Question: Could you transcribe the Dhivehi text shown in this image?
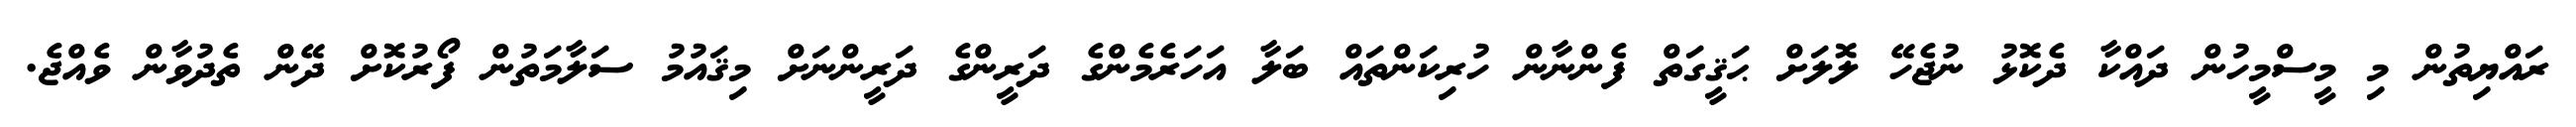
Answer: ރައްޔިތުން މި މީސްމީހުން ދައްކާ ދެކޮޅު ނުޖެހޭ ލޮލަށް ޙަޤީގަތް ފެންނާން ހުރިކަންތައް ބަލާ އަހަރެމެންގެ ދަރީންގެ ދަރީންނަށް މިޤައުމު ސަލާމަތުން ފޯރުކޮށް ދޭން ތެދުވާން ވެއްޖެ.